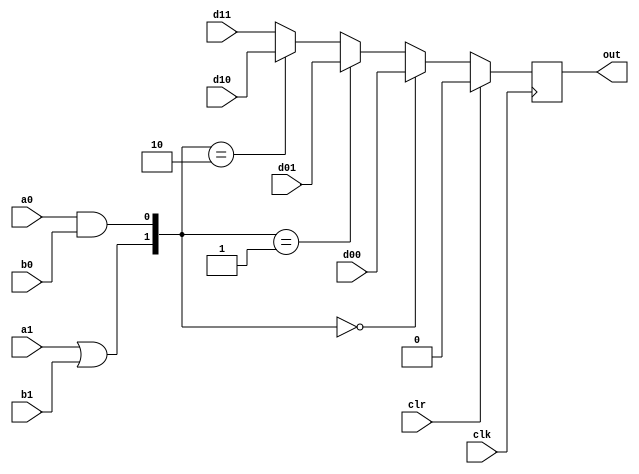
module S2(d00, d01, d10, d11, a1, b1, a0, b0, clr, clk, out);
input d00, d01, d10, d11, a1, b1, a0, b0, clr, clk;
output reg out;
wire s1, s0, d;
assign s1 = a1 || b1;
assign s0 = a0 && b0;
assign d = {s1, s0} == 2'b00 ? d00 :
	   {s1, s0} == 2'b01 ? d01 :
	   {s1, s0} == 2'b10 ? d10 : d11;
always@(posedge clk) begin
	if (clr) out = 1'b0;
	else out = d;
end
endmodule